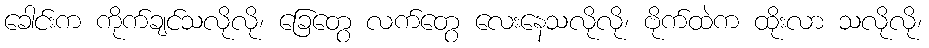
ခေါင်းက ကိုက်ချင်သလိုလို၊ ခြေတွေ လက်တွေ လေးနေသလိုလို၊ ဗိုက်ထဲက ထိုးလာ သလိုလို၊